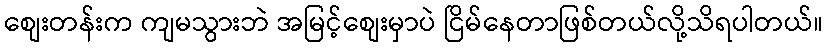
စျေးတန်းက ကျမသွားဘဲ အမြင့်စျေးမှာပဲ ငြိမ်နေတာဖြစ်တယ်လို့သိရပါတယ်။